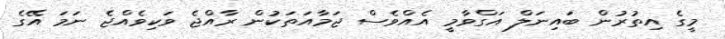
މީގެ އިތުރުން ބައިނަލް އަގްވާމީ އެއްވެސް ޖަމާއަތަކުން ރާއްޖެ ވަކިވެއްޖެ ނަމަ އޭގެ